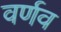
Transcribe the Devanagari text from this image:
वर्णव